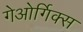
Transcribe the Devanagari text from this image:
गेओर्गिक्स